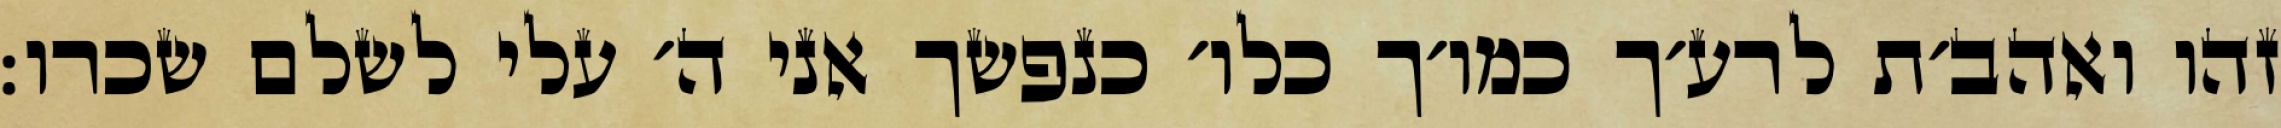
זהו ואהב׳ת לרע׳ך כמו׳ך כלו׳ כנפשך אני ה׳ עלי לשלם שכרו: